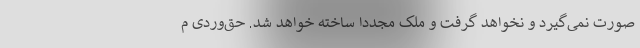
صورت نمی‌گیرد و نخواهد گرفت و ملک مجددا ساخته خواهد شد. حق‌وردی م